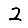
Digit: 2